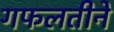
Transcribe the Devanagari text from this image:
गफलतीने